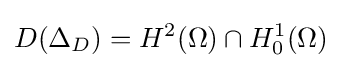
D(\Delta _{D})=H^{2}(\Omega )\cap H_{0}^{1}(\Omega )